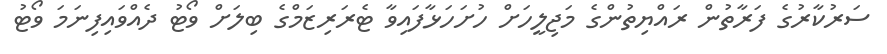
ސަރުކާރުގެ ފަރާތުން ރައްޔިތުންގެ މަޖިލީހަށް ހުށަހަޅާފައިވާ ޓެރަރިޒަމްގެ ބިލަށް ވޯޓު ދެއްވައިފިނަމަ ވޯޓު